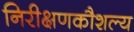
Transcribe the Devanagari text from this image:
निरीक्षणकौशल्य